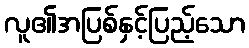
လူ၏အပြစ်နှင့်ပြည့်သော